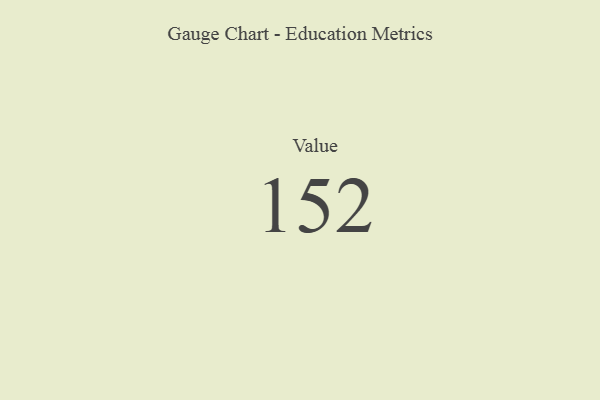
{"axis": {"x": "Metric", "y": "Value"}, "legend": [""], "data": [{"x": "Value", "y": 152, "type": ""}]}